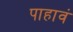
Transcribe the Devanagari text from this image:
पाहावं